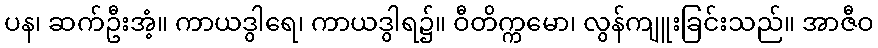
ပန၊ ဆက်ဦးအံ့။ ကာယဒွါရေ၊ ကာယဒွါရ၌။ ဝီတိက္ကမော၊ လွန်ကျူးခြင်းသည်။ အာဇီဝ